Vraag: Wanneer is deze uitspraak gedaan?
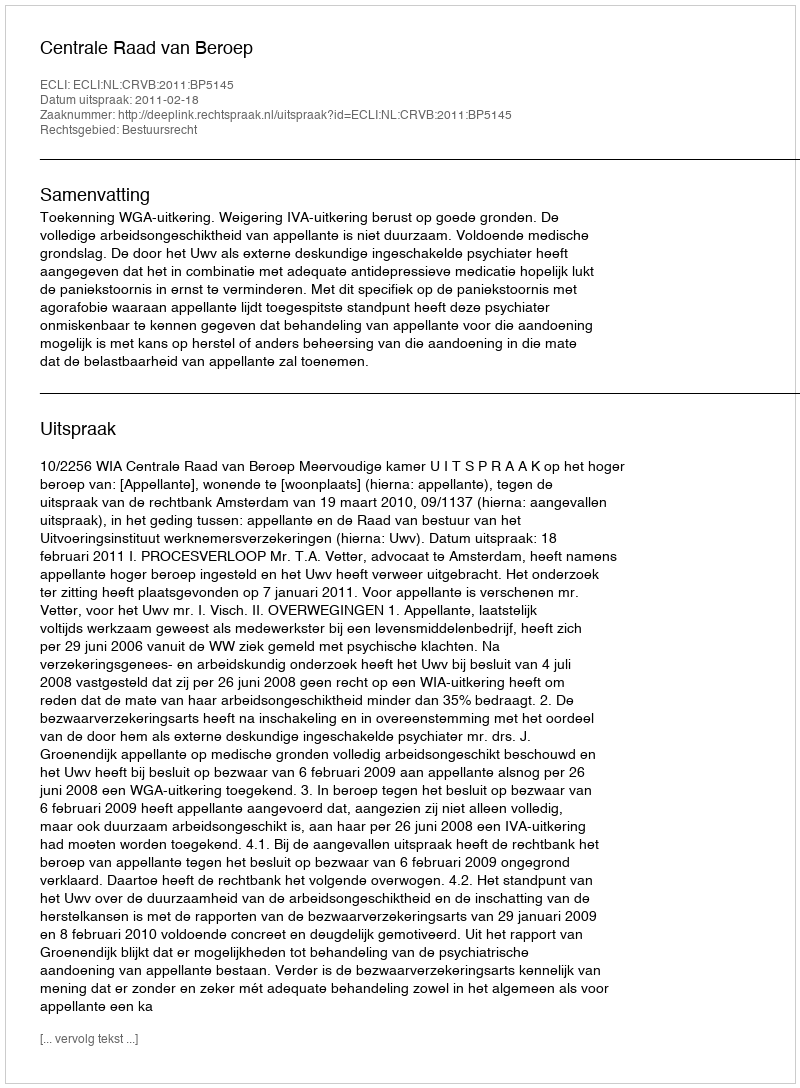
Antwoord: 2011-02-18